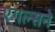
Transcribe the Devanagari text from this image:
एंगल्सने